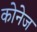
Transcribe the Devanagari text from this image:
कोनेज